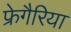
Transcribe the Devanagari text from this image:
फ्रेगैरिया